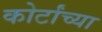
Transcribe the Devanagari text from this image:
कोर्टांच्या